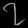
Digit: ၇